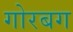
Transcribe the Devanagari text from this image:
गोरबग